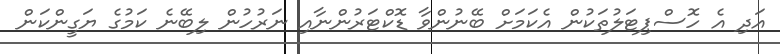
އަދި އެ ހޮސްޕިޓަލުތަކުން އެކަމަށް ބޭނުންވާ ޑޮކްޓަރުންނާއި ނަރުހުން ލިބޭނެ ކަމުގެ ޔަގީންކަން